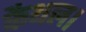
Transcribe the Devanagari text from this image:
कैथल।